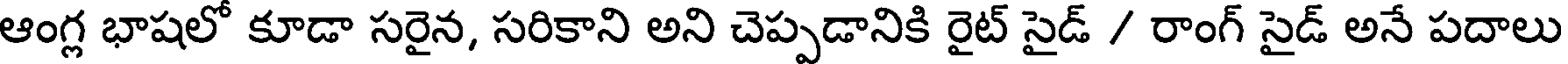
ఆంగ్ల భాషలో కూడా సరైన, సరికాని అని చెప్పడానికి రైట్ సైడ్ / రాంగ్ సైడ్ అనే పదాలు